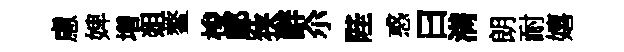
慮婢増爼鳌梭鄔狭辭尒陛惑曰满朗耐嬉